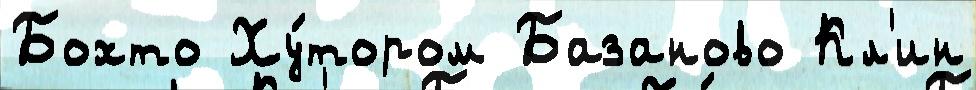
Бохто Ху́тором Базаново Кл'ин